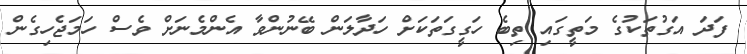
ފަދަ އަގުތަކުގެ މަތީގައި ތިބެ ހަގީގަތަކަށް ހަދާލަން ބޭނުންވާ އެންމެނަށް ވެސް ހަމަޖެހިގެން